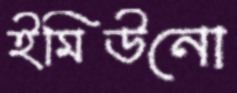
ইমিউনো